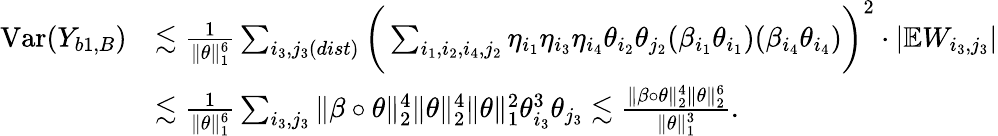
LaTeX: \begin{array}{rl}{\mathrm{Var}(Y_{b1,B})}&{\lesssim\frac{1}{\| \theta\| _{1}^{6}}\sum_{i_{3},j_{3}(dist)}\bigg(\sum_{i_{1},i_{2},i_{4},j_{2}}\eta_{i_{1}}\eta_{i_{3}}\eta_{i_{4}}\theta_{i_{2}}\theta_{j_{2}}(\beta_{i_{1}}\theta_{i_{1}})(\beta_{i_{4}}\theta_{i_{4}})\bigg)^{2}\cdot|\mathbb{E}W_{i_{3},j_{3}}|}\\ &{\lesssim\frac{1}{\| \theta\| _{1}^{6}}\sum_{i_{3},j_{3}}\| \beta\circ\theta\| _{2}^{4}\| \theta\| _{2}^{4}\| \theta\| _{1}^{2}\theta_{i_{3}}^{3}\theta_{j_{3}}\lesssim\frac{\| \beta\circ\theta\| _{2}^{4}\| \theta\| _{2}^{6}}{\| \theta\| _{1}^{3}}.}\end{array}